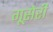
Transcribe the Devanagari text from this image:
गूसेरी